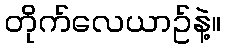
တိုက်လေယာဥ်နဲ့။